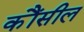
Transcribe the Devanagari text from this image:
कौंसील